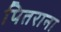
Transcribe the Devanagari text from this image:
पितराना